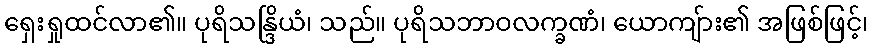
ရှေးရှုထင်လာ၏။ ပုရိသန္ဒြိယံ၊ သည်။ ပုရိသဘာဝလက္ခဏံ၊ ယောကျ်ား၏ အဖြစ်ဖြင့်၊